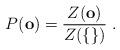
LaTeX: \begin{align*}P(\mathbf{o})=\frac{Z(\mathbf{o})}{Z(\{\})}\;.\end{align*}